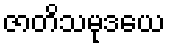
ဇာတိသမုဒယေ